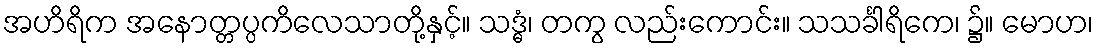
အဟိရိက အနောတ္တပ္ပကိလေသာတို့နှင့်။ သဒ္ဓံ၊ တကွ လည်းကောင်း။ သသင်္ခါရိကေ၊ ၌။ မောဟ၊